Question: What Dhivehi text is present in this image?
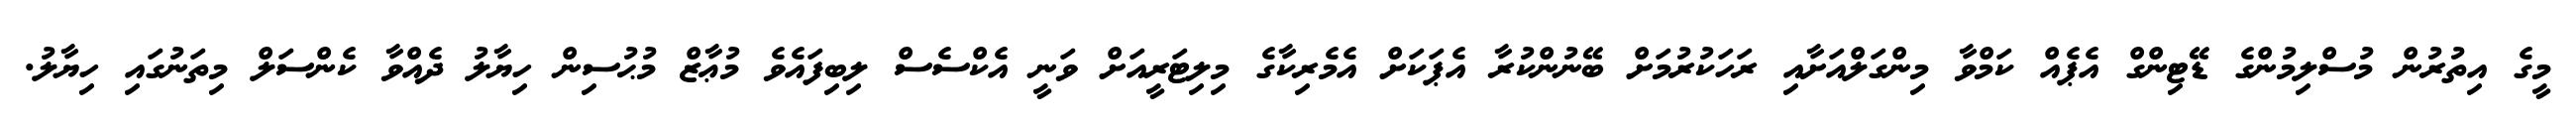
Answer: މީގެ އިތުރުން މުސްލިމުންގެ ޑޭޓިންގް އެޕެއް ކަމްވާ މިންގަލްއަށާއި ރަހަކުރުމަށް ބޭނުންކުރާ އެޕަކަށް އެމެރިކާގެ މިލިޓަރީއަށް ވަނީ އެކްސެސް ލިބިފައެވެ މުޢާޒް މުޙުސިން ހިޔާލު ދެއްވާ ކެންސަލް މިތަނުގައި ހިޔާލު.